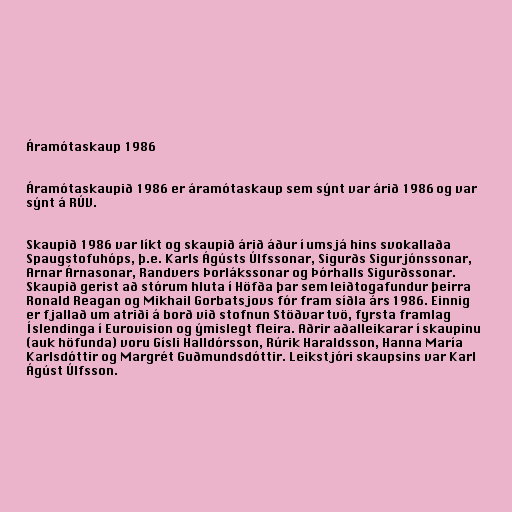
Áramótaskaup 1986

Áramótaskaupið 1986 er áramótaskaup sem sýnt var árið 1986 og var
sýnt á RÚV.

Skaupið 1986 var líkt og skaupið árið áður í umsjá hins svokallaða
Spaugstofuhóps, þ.e. Karls Ágústs Úlfssonar, Sigurðs Sigurjónssonar,
Arnar Árnasonar, Randvers Þorlákssonar og Þórhalls Sigurðssonar.
Skaupið gerist að stórum hluta í Höfða þar sem leiðtogafundur þeirra
Ronald Reagan og Mikhail Gorbatsjovs fór fram síðla árs 1986. Einnig
er fjallað um atriði á borð við stofnun Stöðvar tvö, fyrsta framlag
Íslendinga í Eurovision og ýmislegt fleira. Aðrir aðalleikarar í skaupinu
(auk höfunda) voru Gísli Halldórsson, Rúrik Haraldsson, Hanna María
Karlsdóttir og Margrét Guðmundsdóttir. Leikstjóri skaupsins var Karl
Ágúst Úlfsson.